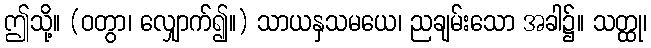
ဤသို့။ (ဝတွာ၊ လျှောက်၍။) သာယနှသမယေ၊ ညချမ်းသော အခါ၌။ သတ္ထု၊